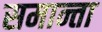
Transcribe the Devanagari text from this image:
समान्ता